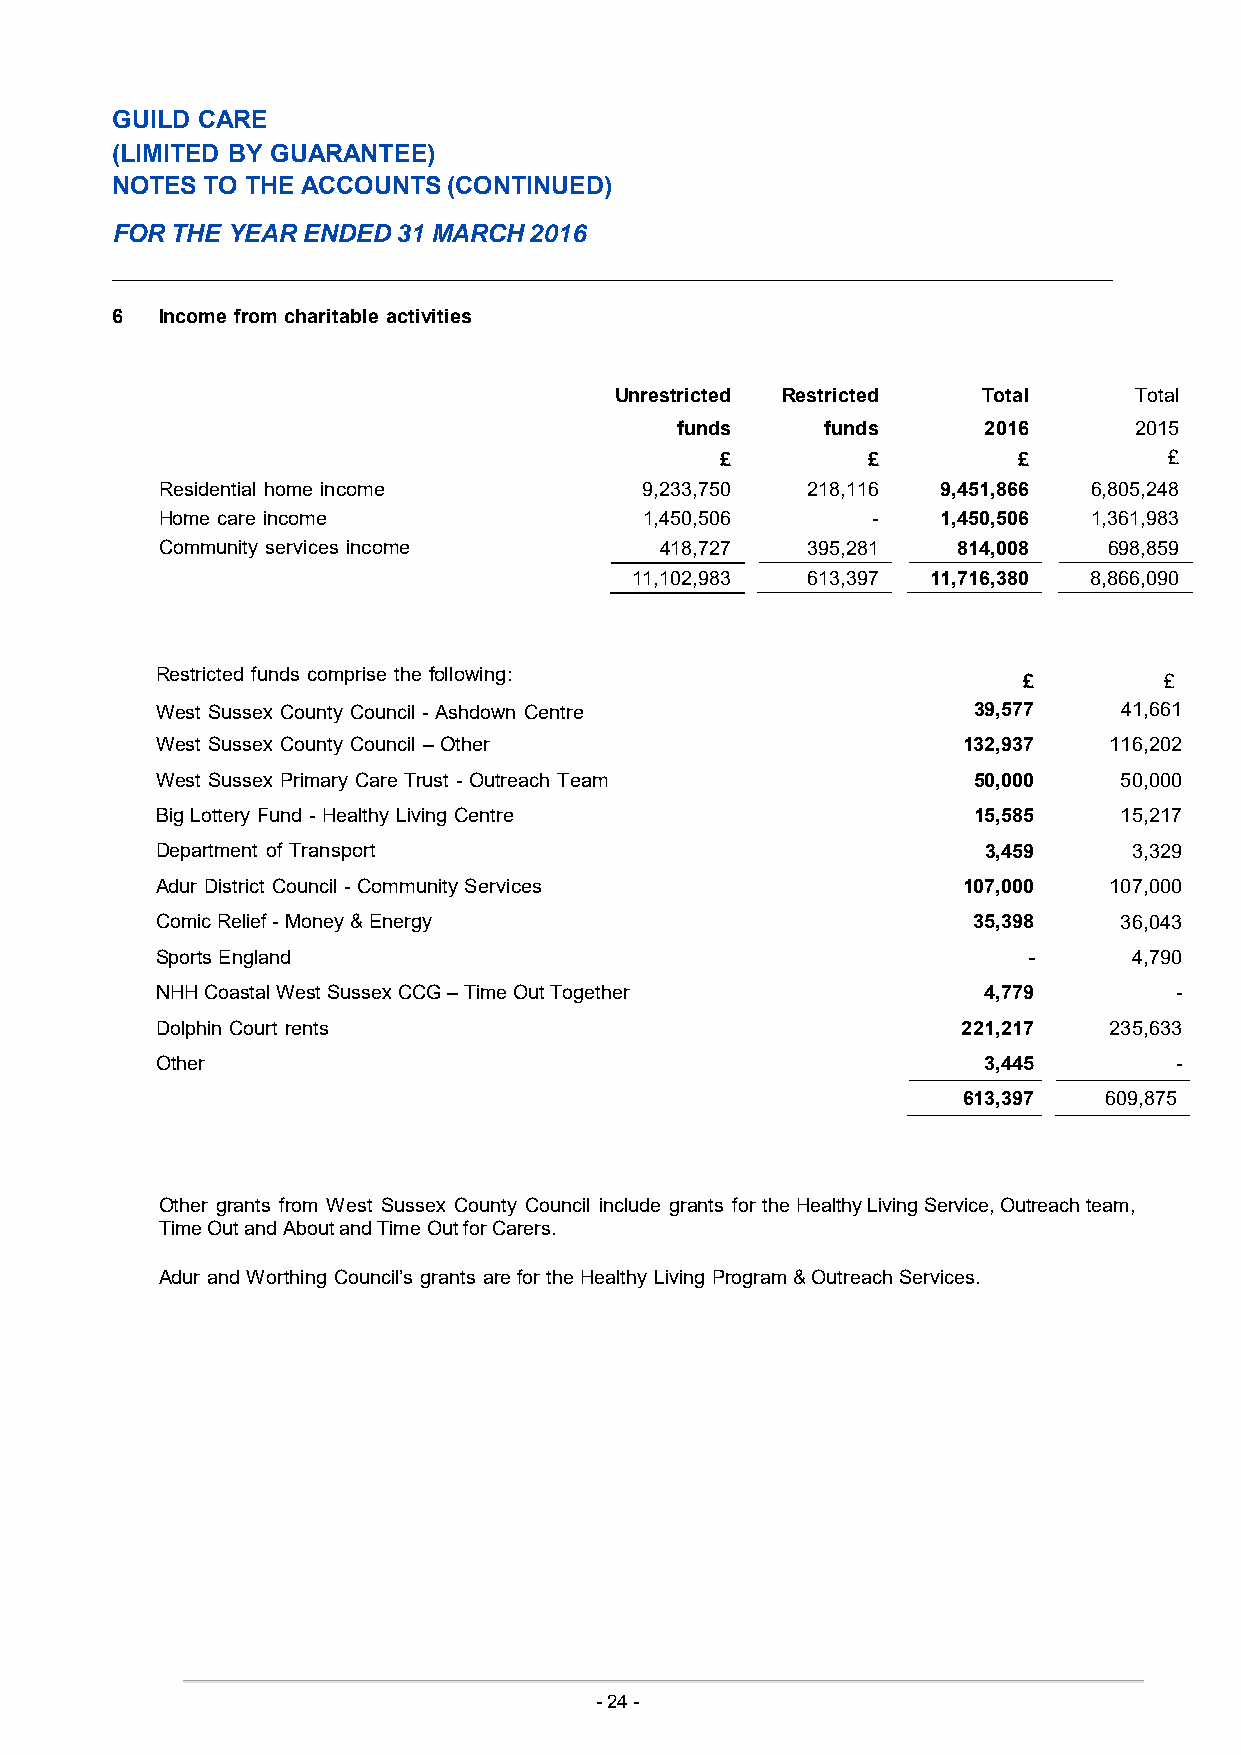
GUILD CARE
 (LIMITED BY GUARANTEE)
 NOTES  TO THE ACCOUNTS (CONTINUED)
 FOR THE YEAR ENDED 31 MARCH 2016
 6   Income from charitable activities
 Unrestricted Restricted Total     Total
 funds     funds     2016      2015
 £        £         £         £
 Residential home income         9,233,750 218,116  9,451,866 6,805,248
 Home care income                1,450,506      -   1,450,506 1,361,983
 Community services income        418,727  395,281   814,008   698,859
 11,102,983 613,397  11,716,380 8,866,090
 Restricted funds comprise the following:                  £        £
 West Sussex County Council - Ashdown Centre           39,577    41,661
 West Sussex County Council – Other                    132,937  116,202
 West Sussex Primary Care Trust - Outreach Team        50,000    50,000
 Big Lottery Fund - Healthy Living Centre              15,585    15,217
 Department of Transport                                3,459     3,329
 Adur District Council - Community Services            107,000  107,000
 Comic Relief - Money & Energy                         35,398    36,043
 Sports England                                            -      4,790
 NHH Coastal West Sussex CCG – Time Out Together        4,779        -
 Dolphin Court rents                                   221,217  235,633
 Other                                                  3,445        -
 613,397  609,875
 Other grants from West Sussex County Council include grants for the Healthy Living Service, Outreach team,
 Time Out and About and Time Out for Carers.
 Adur and Worthing Council’s grants are for the Healthy Living Program & Outreach Services.
 - 24 -